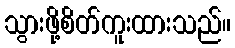
သွားဖို့စိတ်ကူးထားသည်။